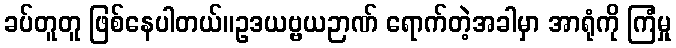
ခပ်တူတူ ဖြစ်နေပါတယ်။ဥဒယဗ္ဗယဉာဏ် ရောက်တဲ့အခါမှာ အာရုံကို ကြံမှု